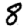
Digit: 8